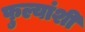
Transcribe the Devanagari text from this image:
फुल्यांशी